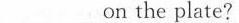
___on the plate?